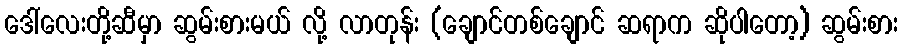
ဒေါ်လေးတို့ဆီမှာ ဆွမ်းစားမယ် လို့ လာတုန်း (ချောင်တစ်ချောင် ဆရာက ဆိုပါတော့) ဆွမ်းစား